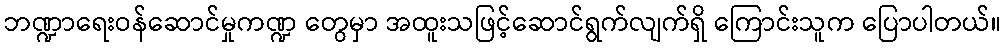
ဘဏ္ဍာရေးဝန်ဆောင်မှုကဏ္ဍ တွေမှာ အထူးသဖြင့်ဆောင်ရွက်လျက်ရှိ ကြောင်းသူက ပြောပါတယ်။